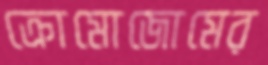
ক্রোমোজোমের